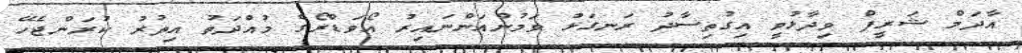
އާދަމް ޝަރީފް ވިދާޅުވީ އިގުތިސާދު ރަނގަޅު ވަމުންއަންނައިރު އޯވަޑްރޯގެ މުއްދަތު އިތުރު ކުރަންޖެހޭ